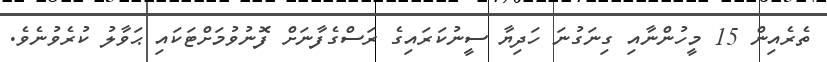
ތެރެއިން 15 މީހުންނާއި ގިނަގުނަ ހަދިޔާ ސީނުކަރައިގެ ރަސްގެފާނަށް ފޮނުވުމަށްޓަކައި ޙަވާލު ކުރެވުނެވެ.